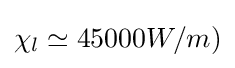
\chi _{l}\simeq 45000W/m)